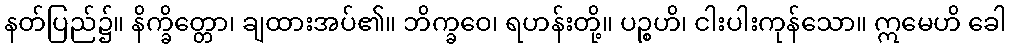
နတ်ပြည်၌။ နိက္ခိတ္တော၊ ချထားအပ်၏။ ဘိက္ခဝေ၊ ရဟန်းတို့။ ပဉ္စဟိ၊ ငါးပါးကုန်သော။ ဣမေဟိ ခေါ